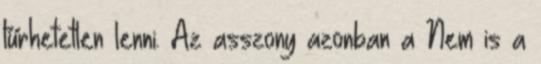
tűrhetetlen lenni. Az asszony azonban a Nem is a